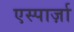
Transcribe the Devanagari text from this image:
एस्पार्ज़ा